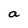
Character: a